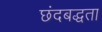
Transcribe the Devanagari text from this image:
छंदबद्धता